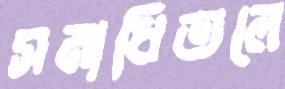
সমাধিতলে